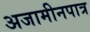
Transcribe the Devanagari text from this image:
अजामीनपात्र